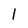
Character: 1